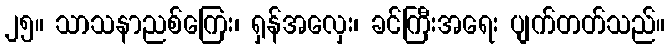
၂၅။ သာသနာညစ်ကြေး၊ ရှန်အလှေး၊ ခင်ကြီးအရေး ပျက်တတ်သည်။